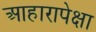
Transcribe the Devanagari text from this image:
आहारापेक्षा